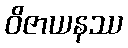
ဝိဇာယနဿ